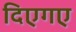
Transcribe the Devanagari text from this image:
दिएगए